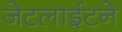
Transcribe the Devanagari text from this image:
जेटलाईटने